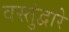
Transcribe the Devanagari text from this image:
वस्तुंद्वारे